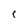
Character: I